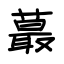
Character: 蕞